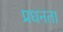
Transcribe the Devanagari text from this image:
प्रधनता